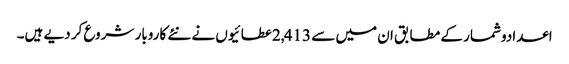
اعدادوشمار کے مطابق ان میں سے 2,413عطائیوں نے نئے کاروبار شروع کر دیے ہیں۔